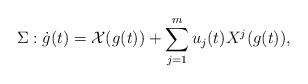
LaTeX: \begin{align*}\Sigma :\dot{g}(t)=\mathcal{X}(g(t))+\sum_{j=1}^{m}u_{j}(t)X^{j}(g(t)), \end{align*}